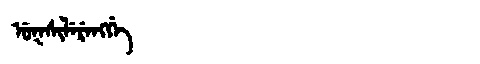
Manchu: ᡠᡴᠰᡳᠯᡝᡵᡝᠩᡤᡝ
Romanization: UKSILERENGGE